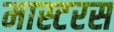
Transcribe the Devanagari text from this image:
मास्टरस